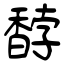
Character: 馞